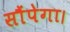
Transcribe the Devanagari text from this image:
सौंपेगा।